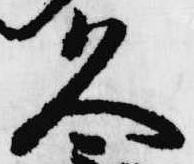
久